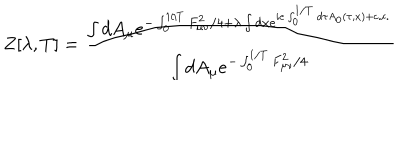
Z [ \lambda , T ] = \frac { \int d A _ { \mu } e ^ { - \int _ { 0 } ^ { 1 / T } F _ { \mu \nu } ^ { 2 } / 4 + \lambda \int d x e ^ { i e \int _ { 0 } ^ { 1 / T } d \tau A _ { 0 } ( \tau , x ) + \mathrm { c . c . } } } } { \int d A _ { \mu } e ^ { - \int _ { 0 } ^ { 1 / T } F _ { \mu \nu } ^ { 2 } / 4 } }